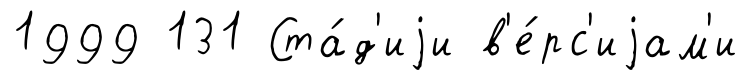
1999 131 Ста́д'иjи в'е́рс'иjам'и